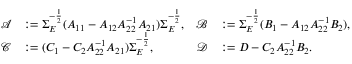
\begin{array} { r l r l } { \mathcal { A } } & { : = \Sigma _ { E } ^ { - \frac { 1 } { 2 } } ( A _ { 1 1 } - A _ { 1 2 } A _ { 2 2 } ^ { - 1 } A _ { 2 1 } ) \Sigma _ { E } ^ { - \frac { 1 } { 2 } } , } & { \mathcal { B } } & { : = \Sigma _ { E } ^ { - \frac { 1 } { 2 } } ( B _ { 1 } - A _ { 1 2 } A _ { 2 2 } ^ { - 1 } B _ { 2 } ) , } \\ { \mathcal { C } } & { : = ( C _ { 1 } - C _ { 2 } A _ { 2 2 } ^ { - 1 } A _ { 2 1 } ) \Sigma _ { E } ^ { - \frac { 1 } { 2 } } , } & { \mathcal { D } } & { : = D - C _ { 2 } A _ { 2 2 } ^ { - 1 } B _ { 2 } . } \end{array}